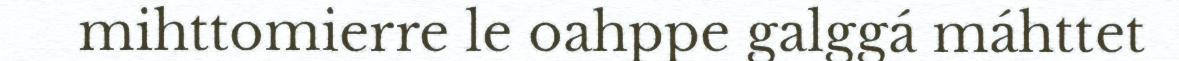
mihttomierre le oahppe galggá máhttet